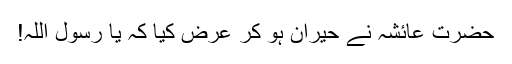
حضرت عائشہؓ نے حیران ہو کر عرض کیا کہ یا رسولؐ اللہ!